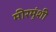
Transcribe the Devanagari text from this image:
मीरमुंशी